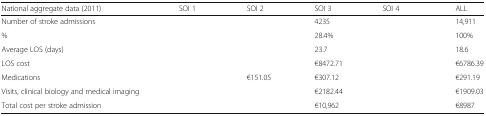
<table><thead><tr><td><b>National aggregate data (2011)</b></td><td><b>SOI 1</b></td><td><b>SOI 2</b></td><td><b>SOI 3</b></td><td><b>SOI 4</b></td><td><b>ALL</b></td></tr></thead><tbody><tr><td>Number of stroke admissions</td><td>[EMPTY_CELL]</td><td>[EMPTY_CELL]</td><td>4235</td><td>[EMPTY_CELL]</td><td>14,911</td></tr><tr><td>%</td><td>[EMPTY_CELL]</td><td>[EMPTY_CELL]</td><td>28.4%</td><td>[EMPTY_CELL]</td><td>100%</td></tr><tr><td>Average LOS (days)</td><td>[EMPTY_CELL]</td><td>[EMPTY_CELL]</td><td>23.7</td><td>[EMPTY_CELL]</td><td>18.6</td></tr><tr><td>LOS cost</td><td>[EMPTY_CELL]</td><td>[EMPTY_CELL]</td><td>€8472.71</td><td>[EMPTY_CELL]</td><td>€6786.39</td></tr><tr><td>Medications</td><td>[EMPTY_CELL]</td><td>€151.05</td><td>€307.12</td><td>[EMPTY_CELL]</td><td>€291.19</td></tr><tr><td>Visits, clinical biology and medical imaging</td><td>[EMPTY_CELL]</td><td>[EMPTY_CELL]</td><td>€2182.44</td><td>[EMPTY_CELL]</td><td>€1909.03</td></tr><tr><td>Total cost per stroke admission</td><td>[EMPTY_CELL]</td><td>[EMPTY_CELL]</td><td>€10,962</td><td>[EMPTY_CELL]</td><td>€8987</td></tr></tbody></table>